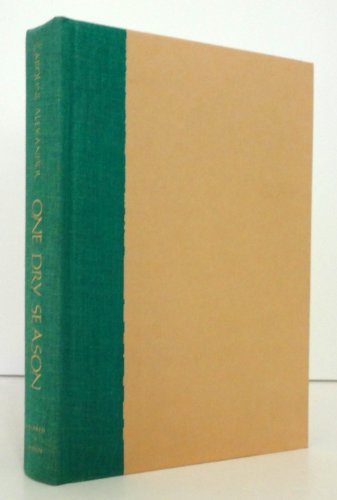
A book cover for One Dry Season: In the Footsteps of Mary Kingsley; Caroline Alexander; Travel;